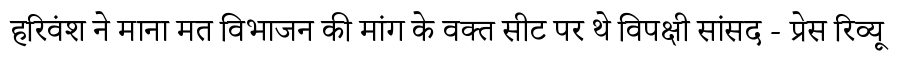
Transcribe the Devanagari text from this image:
हरिवंश ने माना मत विभाजन की मांग के वक्त सीट पर थे विपक्षी सांसद - प्रेस रिव्यू